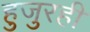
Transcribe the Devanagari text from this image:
हुजुरही